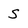
Character: S